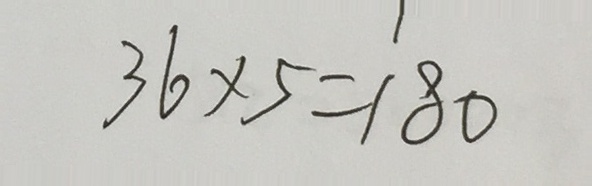
3 6 \times 5 = 1 8 0